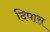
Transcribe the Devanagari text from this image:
दिपास